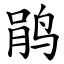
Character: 鹃